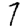
Digit: 7